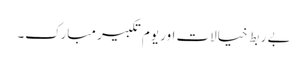
بے ربط خیالات اور یوم تکبیر مبارک۔